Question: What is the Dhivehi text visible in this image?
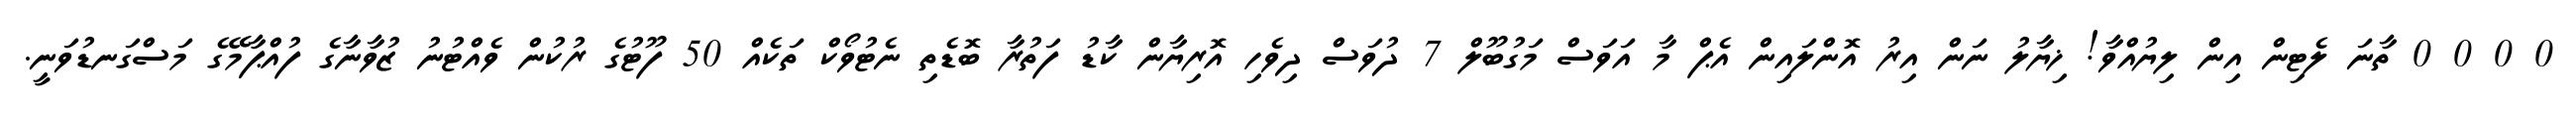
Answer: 0 0 0 0 ތާނަ ލެޓިން އިން ލިޔުއްވާ! ޚިޔާލު ނަން އިރު އޮންލައިން އެޕް މާ އަވަސް މަގުބޫލް 7 ދުވަސް ދިވެހި އޮރިޔާން ކާޑު ފަތުރާ ބޮޑެތި ނެޓުވޯކް ތަކެއް 50 ފޫޓުގެ ރުކުން ވެއްޓުނު ޒުވާނާގެ ފުއްޕާމޭގެ މަސްގަނޑުވަނީ.